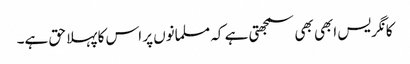
کانگریس ابھی بھی سمجھتی ہے کہ مسلمانوں پر اس کا پہلا حق ہے۔